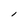
Character: l